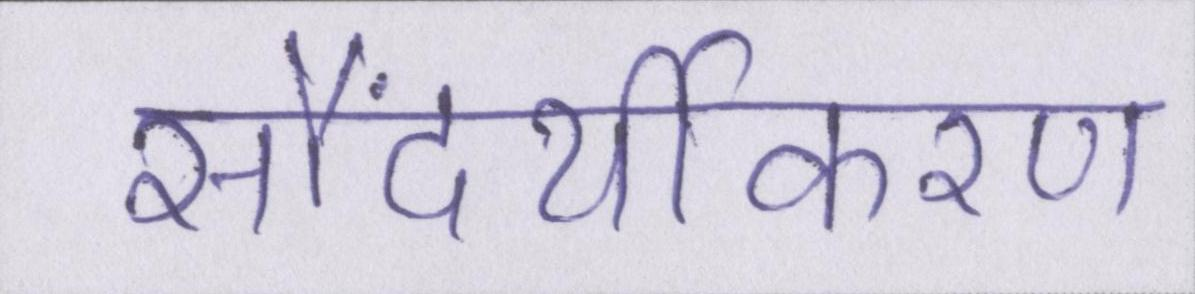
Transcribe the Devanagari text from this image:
सौंदर्यीकरण